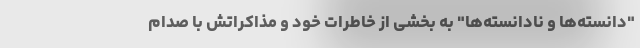
"دانسته‌ها و نادانسته‌ها" به بخشی از خاطرات خود و مذاکراتش با صدام